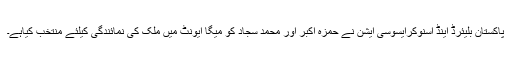
پاکستان بلیئرڈ اینڈ اسنوکرایسوسی ایشن نے حمزہ اکبر اور محمد سجاد کو میگا ایونٹ میں ملک کی نمائندگی کیلئے منتخب کیاہے۔